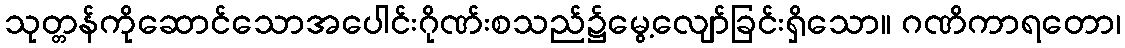
သုတ္တန်ကိုဆောင်သောအပေါင်းဂိုဏ်းစသည်၌မွေ့လျော်ခြင်းရှိသော။ ဂဏိကာရတော၊